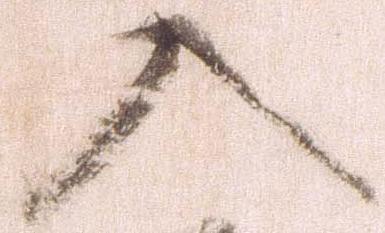
入